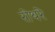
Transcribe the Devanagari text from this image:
रोथरे